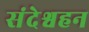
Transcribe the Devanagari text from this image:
संदेश्वहन